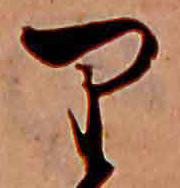
り